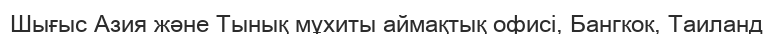
Шығыс Азия және Тынық мұхиты аймақтық офисі, Бангкок, Таиланд